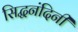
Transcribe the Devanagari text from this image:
सिद्धनंदिनी